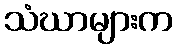
သံဃာများက